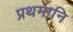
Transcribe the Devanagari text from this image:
प्रथमानि